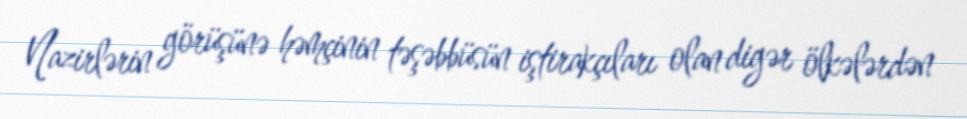
Nazirlərin görüşünə həmçinin təşəbbüsün iştirakçıları olan digər ölkələrdən